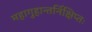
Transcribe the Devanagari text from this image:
महागुहान्तर्निक्षिप्तः